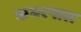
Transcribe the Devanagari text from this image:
कमरपाल